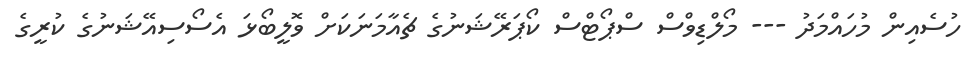
ހުސެއިން މުހައްމަދު --- މޯލްޑިވްސް ސްޕޯޓްސް ކޯޕަރޭޝަނުގެ ޗެއާމަނަކަށް ވޮލީބޯޅަ އެސޯސިއޭޝަނުގެ ކުރީގެ